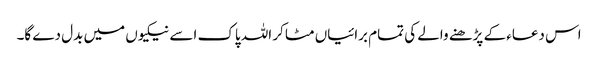
اس دعاء کے پڑھنے والے کی تمام برائیاں مٹا کر اللہ پاک اسے نیکیوں میں بدل دے گا۔